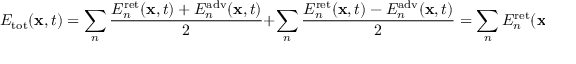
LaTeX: E _ { \mathrm { t o t } } ( \mathbf { x } , t ) = \sum _ { n } { \frac { E _ { n } ^ { \mathrm { r e t } } ( \mathbf { x } , t ) + E _ { n } ^ { \mathrm { a d v } } ( \mathbf { x } , t ) } { 2 } } + \sum _ { n } { \frac { E _ { n } ^ { \mathrm { r e t } } ( \mathbf { x } , t ) - E _ { n } ^ { \mathrm { a d v } } ( \mathbf { x } , t ) } { 2 } } = \sum _ { n } E _ { n } ^ { \mathrm { r e t } } ( \mathbf { x } , t ) .